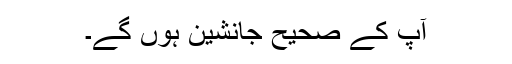
آپ کے صحیح جانشین ہوں گے۔